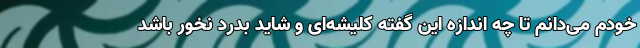
خودم می‌دانم تا چه اندازه این گفته کلیشه‌ای و شاید بدرد نخور باشد